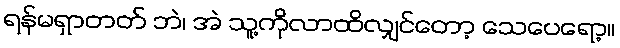
ရန်မရှာတတ် ဘဲ၊ အဲ သူ့ကိုလာထိလျှင်တော့ သေပေရော့။